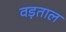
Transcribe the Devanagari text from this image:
वड़ताल